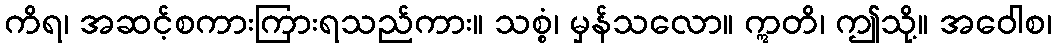
ကိရ၊ အဆင့်စကားကြားရသည်ကား။ သစ္စံ၊ မှန်သလော။ ဣတိ၊ ဤသို့။ အဝေါစ၊